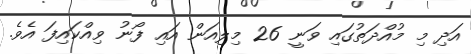
އަދި މި މުއްދަތުގައި ވަނީ 26 މިލިއަން އައި ފޯނު ވިއްކައިފަ އެވެ.